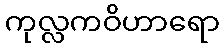
ကုလ္လကဝိဟာရော